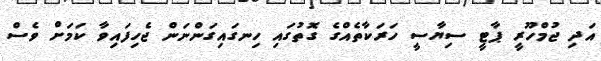
އަދި ޖުމްހޫރީ ޕާޓީ ސިޔާސީ ހަރަކާތެއްގެ ގޮތުގައި ހިނގައިގަންނަން ޖެހިފައިވާ ކަމަށް ވެސް